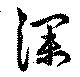
深